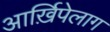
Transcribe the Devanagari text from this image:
आर्ख़िपेलाग